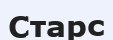
Старс